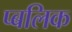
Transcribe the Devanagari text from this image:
प्बलिक